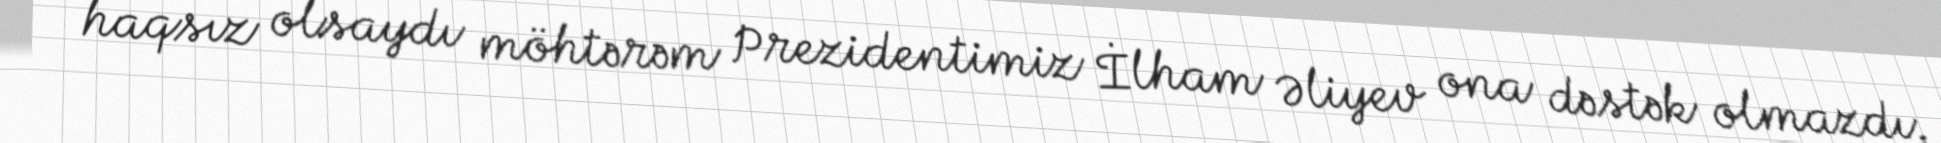
haqsız olsaydı möhtərəm Prezidentimiz İlham Əliyev ona dəstək olmazdı.